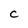
Character: C